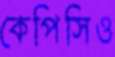
কেপিসিও